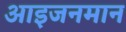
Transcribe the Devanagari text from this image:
आइजनमान